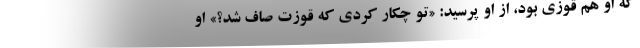
كه او هم قوزي بود، از او پرسيد: «تو چكار كردي كه قوزت صاف شد؟» او